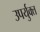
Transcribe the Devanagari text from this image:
उपर्युक्त